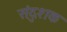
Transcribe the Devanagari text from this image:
संदुशक